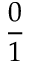
\frac { 0 } { 1 }